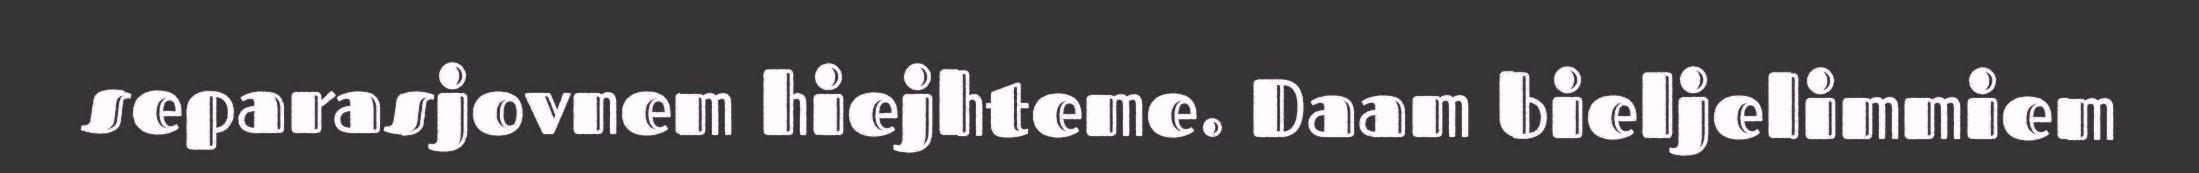
separasjovnem hiejhteme. Daam bieljelimmiem